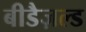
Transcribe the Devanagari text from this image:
बीडैज़ल्ड